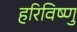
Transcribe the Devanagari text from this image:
हरिविष्णु